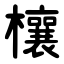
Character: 欀